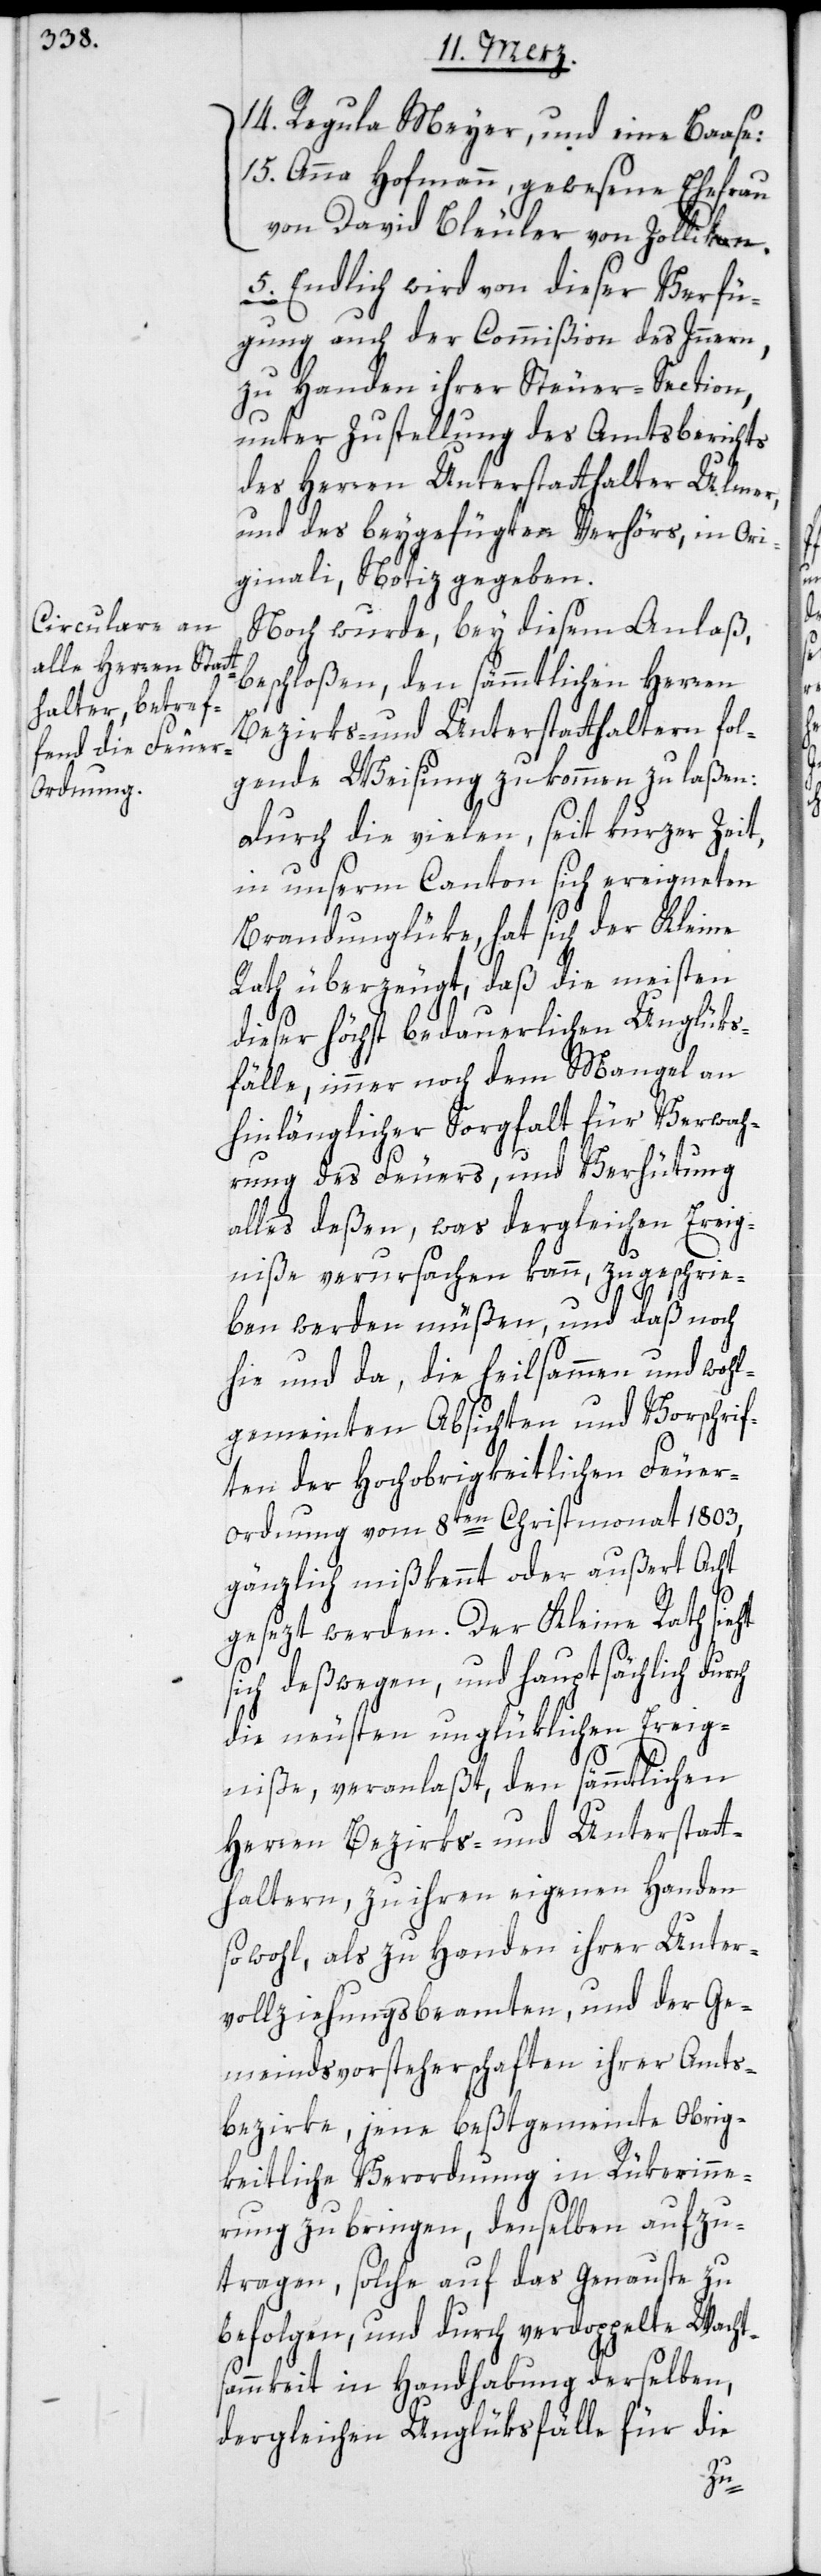
14) Regula Meyer, und eine Baase:
15) Anna Hofmann, gewesene Ehefrau
von David Bleuler von Zollikon.
Endlich wird von dieser Verfü¬
ch
gung auch der Commißion des Inneren,
zu Handen ihrer Steuer-Section,
unter Zustellung des Amtsberichts
des Herren Unterstatthalter Ulmer,
und des beygefügten Verhörs, in Ori¬
ginali, Notiz gegeben.
Noch wurde, bey diesem Anlaß,
beschloßen, den sämmtlichen Herren
Bezirks- und Unterstatthaltern fol¬
gende Weisung zukommen zu laßen:
Durch die vielen, seit kurzer Zeit,
in unserm Canton sich ereigneten
Brandunglüke, hat sich der Kleine
Rath überzeugt, daß die meisten
dieser höchst bedauerlichen Unglüks¬
fälle, immer noch dem Mangel an
hinlänglicher Sorgfalt für Verwah¬
rung des Feuers, und Verhütung
alles deßen, was dergleichen Ereig¬
niße verursachen kann, zugeschrie¬
ben werden müßen, und daß noch
hie und da, die heilsammen und wohl¬
gemeinten Absichten und Vorschrif¬
ten der Hochobrigkeitlichen Feue¬
r-Ordnung vom 8ten Christmonat 1803,
gänzlich mißkennt oder außert Acht
gesezt werden. Der Kleine Rath sieht
sich deßwegen, und hauptsächlich dur¬
die neusten unglüklichen Ereig¬
niße, veranlaßt, den sämtlichen
Herren Bezirks- und Unterstatt¬
haltern, zu ihren eigenen Handen
sowohl, als zu Handen ihrer Unter¬
vollziehungsbeamten, und der Ge¬
meindsvorsteherschaften ihrer Amts¬
bezirke, jene beßtgemeinte Obrig¬
keitliche Verordnung in Rükerinne¬
rung zu bringen, denselben aufzu¬
tragen, solche auf das Genaueste zu
befolgen, und durch verdoppelte Wacht¬
sammkeit in Handhabung derselben,
dergleichen Unglüksfälle für die